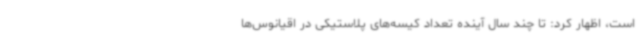
است، اظهار کرد: تا چند سال آینده تعداد کیسه‌های پلاستیکی در اقیانوس‌ها